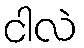
ငါလဲ